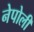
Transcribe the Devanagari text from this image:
नेपोली